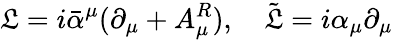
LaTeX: \mathfrak{L}=i\bar{{\alpha}}^{\mu}(\partial_{\mu}+A_{\mu}^{R}),\quad\tilde{{\mathfrak{L}}}=i\alpha_{\mu}\partial_{\mu}